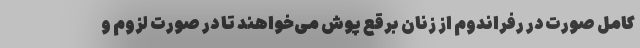
کامل صورت در رفراندوم از زنان برقع پوش می‌خواهند تا در صورت لزوم و